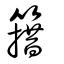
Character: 簎